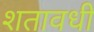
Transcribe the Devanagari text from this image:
शतावधी